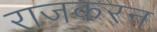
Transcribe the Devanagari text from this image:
राजकरन